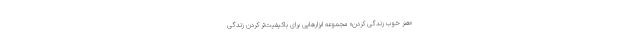
«هنر خوب زندگی کردن» مجموعه ابزارهایی برای باکیفیت‌تر کردن زندگی